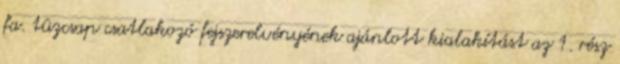
fa. tûzcsap csatlakozó fejszerelvényének ajánlott kialakítást az 1. rész